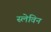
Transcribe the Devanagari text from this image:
स्लेविन